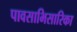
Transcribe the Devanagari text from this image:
पावसाभिसारिका